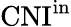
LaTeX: \mathrm{CNI^{\mathrm{in}}}